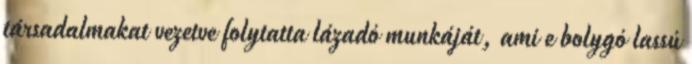
társadalmakat vezetve folytatta lázadó munkáját, ami e bolygó lassú